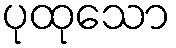
ပုထုသော